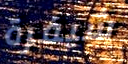
شيفرة